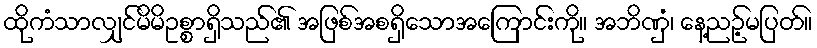
ထိုကံသာလျှင်မိမိဥစ္စာရှိသည်၏ အဖြစ်အစရှိသောအကြောင်းကို။ အဘိဏှံ၊ နေ့ညဉ့်မပြတ်။